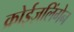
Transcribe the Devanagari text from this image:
क्रोईज़लिंगेन